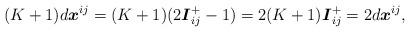
LaTeX: \begin{align*}(K+1)d\boldsymbol{x}^{ij}=(K+1)(2\boldsymbol{I}_{ij}^{+}-1)=2(K+1)\boldsymbol{I}_{ij}^{+}=2d\boldsymbol{x}^{ij},\end{align*}